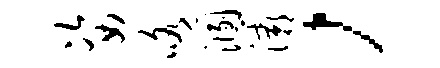
姿咯溷灞，